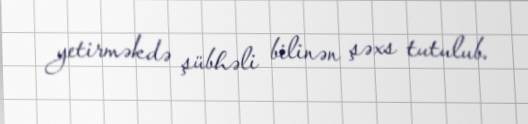
yetirməkdə şübhəli bilinən şəxs tutulub.